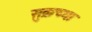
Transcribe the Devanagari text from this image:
सुक्रच्या